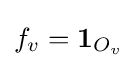
f_{v}=\mathbf {1} _{O_{v}}